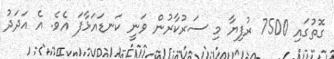
ގޮތުގައި 7500 ރުފިޔާ މި ސަރުކާރުން ވަނީ ކަނޑައަޅާފަ އެވެ. އެ އަދަދު